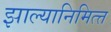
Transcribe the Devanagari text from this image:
झाल्यानिमित्त्त